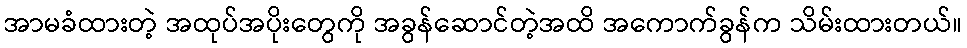
အာမခံထားတဲ့ အထုပ်အပိုးတွေကို အခွန်ဆောင်တဲ့အထိ အကောက်ခွန်က သိမ်းထားတယ်။